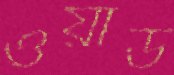
ওয়াড